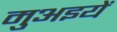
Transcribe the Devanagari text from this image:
मुअइयें